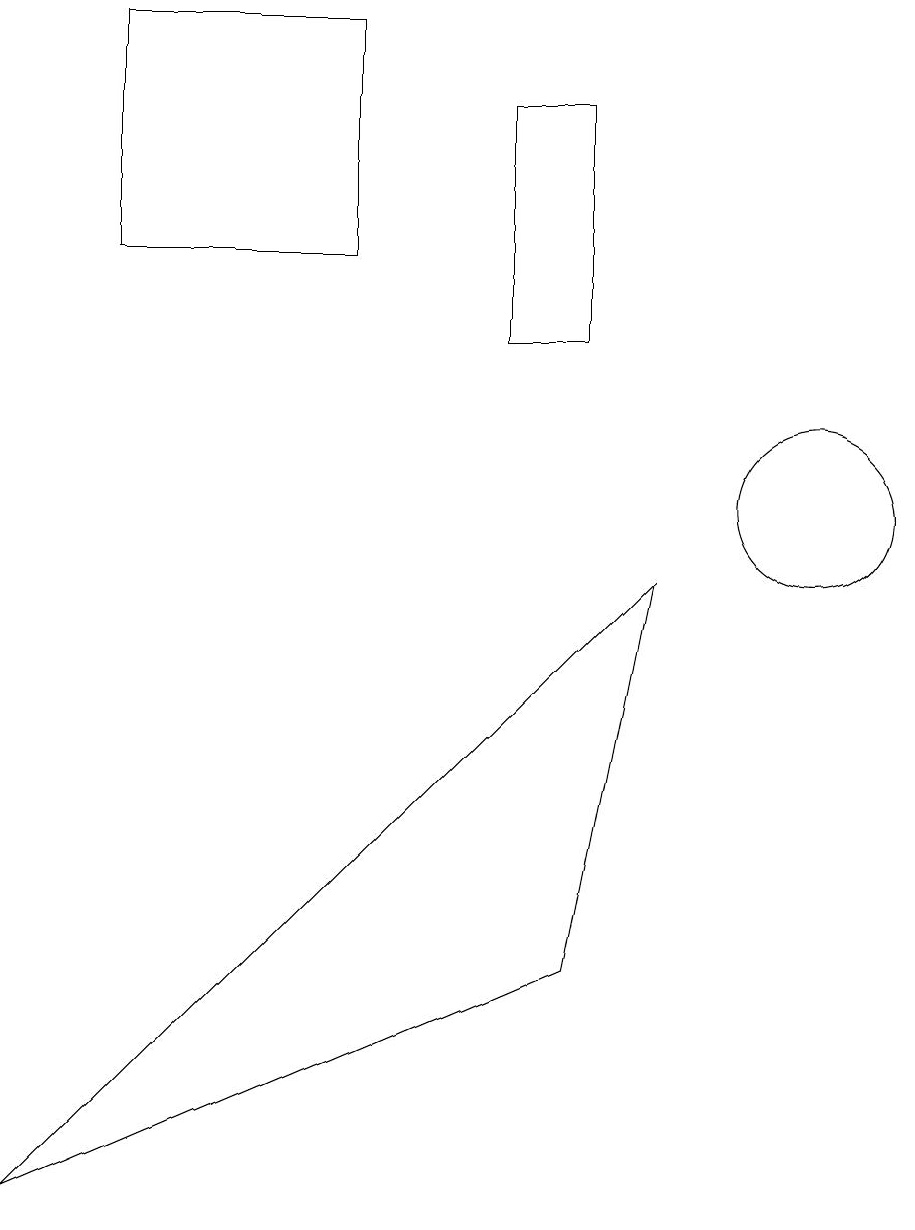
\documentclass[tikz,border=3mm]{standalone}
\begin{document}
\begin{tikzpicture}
\draw (2,16) rectangle (5,13);
\draw (8,15) rectangle (7,12);
\draw (11,10) circle (1);
\draw (1,1) -- (9,9) -- (8,4) -- cycle;
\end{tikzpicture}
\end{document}